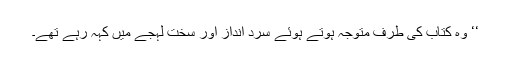
‘‘ وہ کتاب کی طرف متوجہ ہوتے ہوئے سرد انداز اور سخت لہجے میں کہہ رہے تھے۔